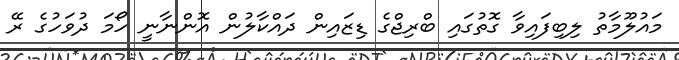
މައުލޫމާތު ލިބިފައިވާ ގޮތުގައި ބްރިޖްގެ ޑިޒައިން ދައްކާލުން އޮންނާނީ ހޯމަ ދުވަހުގެ ރޭ